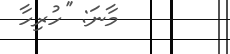
މާނަ: ''ހުރިހާ